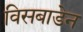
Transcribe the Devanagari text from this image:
विसबाडेन